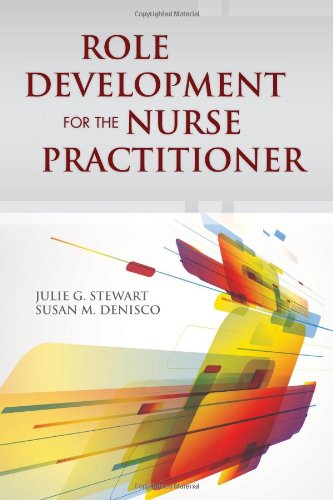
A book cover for Role Development For The Nurse Practitioner; Julie G. Stewart; Medical Books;